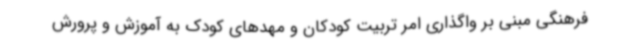
فرهنگی مبنی بر واگذاری امر تربیت کودکان و مهدهای کودک به آموزش و پرورش